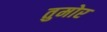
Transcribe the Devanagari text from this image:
तुमोर